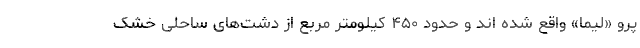
پرو «لیما» واقع شده اند و حدود ۴۵۰ کیلومتر مربع از دشت‌های ساحلی خشک